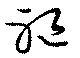
躯